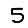
Digit: 5